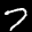
Label: 7